Madras plague regulations in force outside the Presidency town - Volume 2
Disease focus: Plague
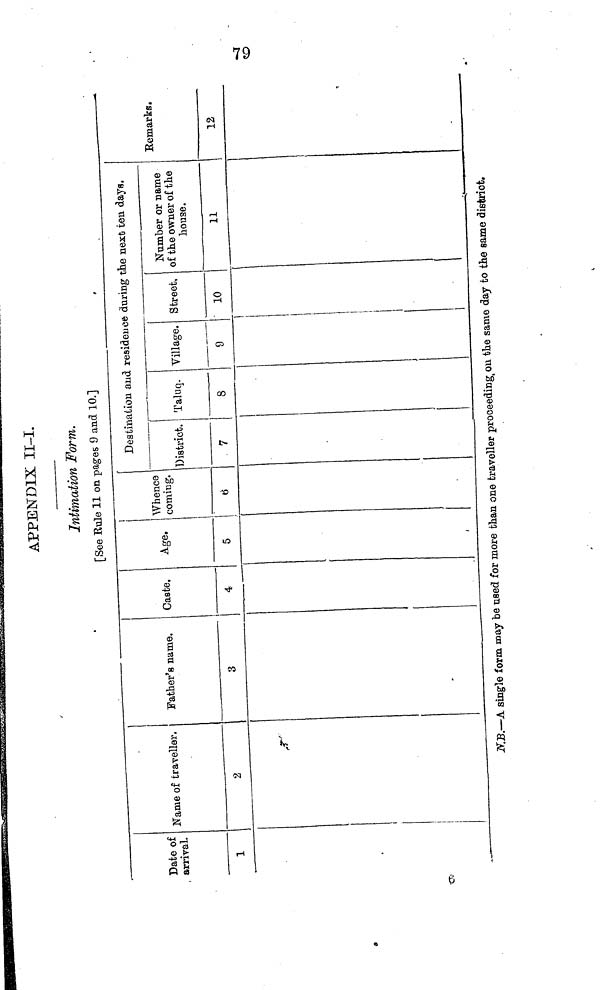
APPENDIX II-I.
Intimation Form.
[See Rule 11 on pages 9 and 10.]
Date of
arrival.
1
Name of traveller.
2
Father's name.
3
Caste.
4
Age.
5
Whence
coming.
6
Destin
District.
7
ation and
Taluq.
8
residenc
Village.
9
e during t
Street,
10
the next ten days.
Number or name
of the owner of the
house.
11
Remarks.
12
N.B.—A single form may be used for more than one traveller proceeding, on the same day to the same district.
79